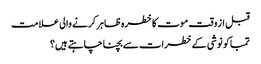
قبل از وقت موت کا خطرہ ظاہر کرنے والی علامت
تمباکو نوشی کے خطرات سے بچنا چاہتے ہیں؟